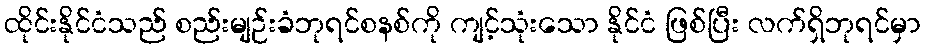
ထိုင်းနိုင်ငံသည် စည်းမျဉ်းခံဘုရင်စနစ်ကို ကျင့်သုံးသော နိုင်ငံ ဖြစ်ပြီး လက်ရှိဘုရင်မှာ